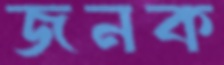
জনক